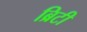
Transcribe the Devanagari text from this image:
ब्रिटी